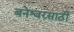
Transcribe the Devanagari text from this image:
बनेश्वरसाठी